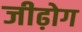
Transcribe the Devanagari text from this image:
जीढ़ोग